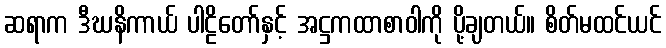
ဆရာက ဒီဃနိကာယ် ပါဠိတော်နှင့် အဋ္ဌကထာစာဝါကို ပို့ချတယ်။ စိတ်မထင်ယင်